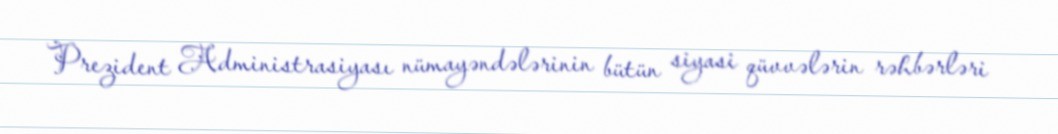
Prezident Administrasiyası nümayəndələrinin bütün siyasi qüvvələrin rəhbərləri